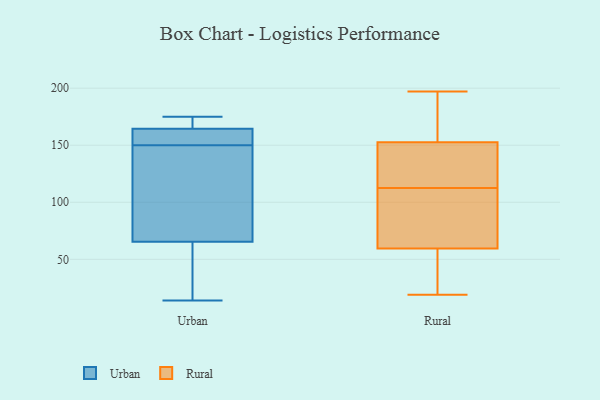
{"axis": {"x": "Production Output", "y": "Value"}, "legend": ["Rural", "Urban"], "data": [{"x": "", "y": 159, "type": "Urban"}, {"x": "", "y": 99, "type": "Urban"}, {"x": "", "y": 32, "type": "Urban"}, {"x": "", "y": 170, "type": "Urban"}, {"x": "", "y": 156, "type": "Urban"}, {"x": "", "y": 130, "type": "Urban"}, {"x": "", "y": 175, "type": "Urban"}, {"x": "", "y": 20, "type": "Urban"}, {"x": "", "y": 14, "type": "Urban"}, {"x": "", "y": 144, "type": "Urban"}, {"x": "", "y": 157, "type": "Urban"}, {"x": "", "y": 174, "type": "Urban"}, {"x": "", "y": 19, "type": "Rural"}, {"x": "", "y": 130, "type": "Rural"}, {"x": "", "y": 185, "type": "Rural"}, {"x": "", "y": 48, "type": "Rural"}, {"x": "", "y": 197, "type": "Rural"}, {"x": "", "y": 93, "type": "Rural"}, {"x": "", "y": 129, "type": "Rural"}, {"x": "", "y": 71, "type": "Rural"}, {"x": "", "y": 124, "type": "Rural"}, {"x": "", "y": 42, "type": "Rural"}, {"x": "", "y": 175, "type": "Rural"}, {"x": "", "y": 101, "type": "Rural"}]}